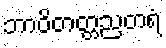
ဘာဝိတတ္တညတရံ